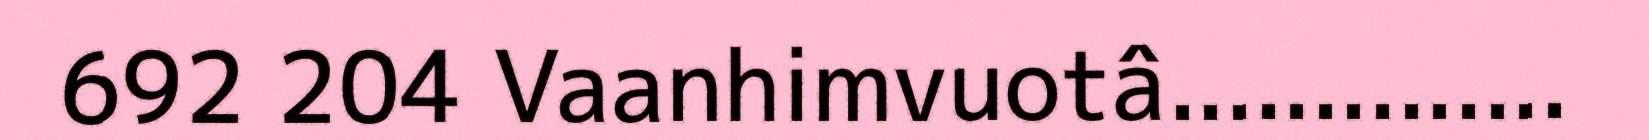
692 204 Vaanhimvuotâ..............